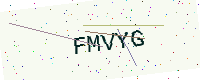
Text: FMVYG